Vaccination returns of the Province of Eastern Bengal and Assam - 1905-1912
Year: 1905
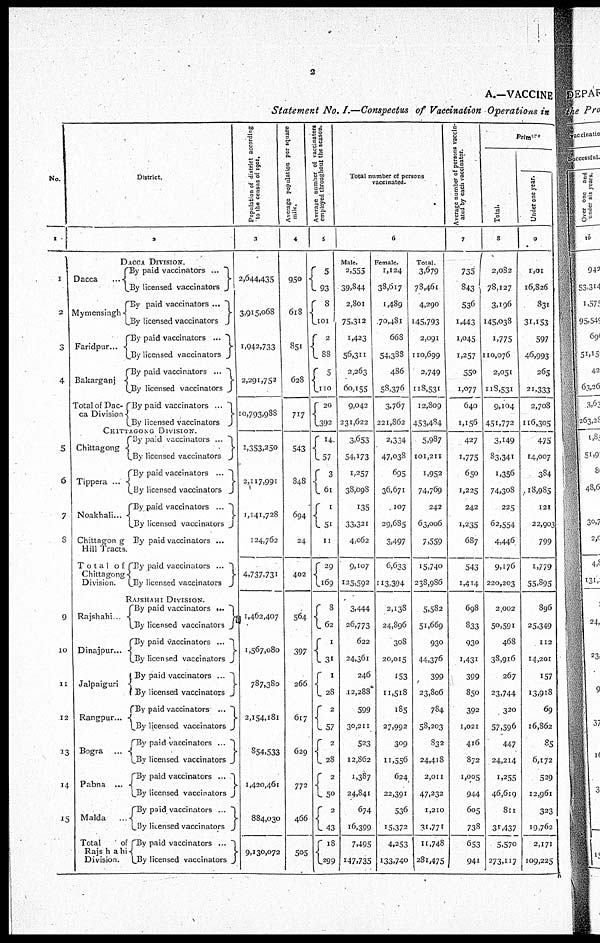
2
A.—VACCINE
Statement No. I.—Conspectus of Vaccination Operations in
No.
1
1
2
3
4
5
6
7
8
9
10
11
12
13
14
15
District.
2
DACCA DIVISION.
Dacca
...
Mymensingh
Faridpur...
Bakarganj
Total of Dac-
ca Division
By paid vaccinators
...
By licensed vaccinators
By paid vaccinators
...
By licensed vaccinators
By paid vaccinators
...
By licensed vaccinators
By paid vaccinators
...
By licensed vaccinators
By paid vaccinators
...
By licensed vaccinators
CHITTAGONG DIVISION.
Chittagong
Tippera
...
Noakhali...
Chittagong
Hill Tracts.
Total of
Chittagong
Division.
By paid vaccinators
...
By licensed vaccinators
By paid vaccinators
...
By licensed vaccinators
By paid vaccinators
...
By licensed vaccinators
By paid vaccinators ...
By paid vaccinators ...
By licensed vaccinators
RAJSHAHI DIVISION.
Rajshahi...
Dinajpur...
Jalpaiguri
Rangpur ...
Bogra
...
Pabna
...
Malda...
Total of
Rajshahi
Division.
By paid vaccinators
...
By licensed vaccinators
By paid vaccinators ...
By licensed vaccinators
By paid vaccinators
...
By licensed vaccinators
By paid vaccinators
...
By licensed vaccinators
By paid vaccinators
...
By licensed vaccinators
By paid vaccinators
...
By licensed vaccinators
By paid
vaccinators...
By licensed vaccinators
By paid vaccinators
...
By licensed vaccinators
Population of district according
to the census of 1901.
3
2,644,435
3,915,068
1,942,733
2,291,752
10,793,988
1,353,250
2,117,991
1,141,728
124,762
4,737,731
1,462,407
1,567,080
787,380
2,154,181
854,533
1,420,461
884,030
9,130,072
Average population per square
mile.
4
950
618
851
628
717
543
848
694
24
402
564
397
266
617
629
772
466
505
Average number of vaccinators
employed throughout the season.
5
5
93
8
101
2
88
5
110
20
392
14
57
3
61
1
51
11
29
169
8
62
1
31
1
28
2
57
2
28
2
50
2
43
18
299
Total number of persons
vaccinated.
6
Male.
2,555
39,844
2,801
75,312
1,423
56,311
2,263
60,155
9,042
231,622
3,653
54,173
1,257
38,098
135
33,321
4,062
9,107
125,592
3,444
26,773
622
24,361
246
12,288
599
30,211
523
12,862
1,387
24,841
674
16,399
7,495
147,735
Female.
1,124
38,617
1,489
70,481
668
54,388
486
58,376
3,767
221,862
2,334
47,038
695
36,671
107
29,685
3,497
6,633
113,394
2,138
24,896
308
20,015
153
11,518
185
27,992
309
11,556
624
22,391
536
15,372
4,253
133,740
Total.
3,679
78,461
4,290
145,793
2,091
110,699
2,749
118,531
12,809
453,484
5,987
101,211
1,952
74,769
242
63,006
7,559
15,740
238,986
5,582
51,669
930
44,376
399
23,806
784
58,203
832
24,418
2,011
47,232
1,210
31,771
11,748
281,475
Average number of persons vaccin-
ated by each vaccinator.
7
735
843
536
1,443
1,045
1,257
550
1,077
640
1,156
427
1,775
650
1,225
242
1,235
687
543
1,414
698
833
930
1,431
399
850
392
1,021
416
872
1,005
944
605
738
653
941
Primary
Total.
8
2,082
78,127
3,196
145,038
1,775
110,076
2,051
118,531
9,104
451,772
3,149
83,341
1,356
74,308
225
62,554
4,446
9,176
220,203
2,002
50,591
468
38,916
267
23,744
320
57,596
447
24,214
1,255
46,619
811
31,437
5,570
273,117
Under one year.
9
1,01
16,826
831
31,153
597
46,993
265
21,333
2,708
116,305
475
14,007
384
18,985
121
22,903
799
1,779
55,895
896
25,349
112
14,201
157
13,918
69
16,862
85
6,172
529
12,961
323
19,762
2,171
109,225